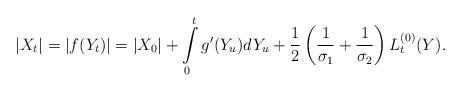
LaTeX: \begin{align*}|X_t|=|f(Y_t)|=|X_0|+\int\limits_{0}^t g'(Y_u)dY_u +\frac{1}{2}\left(\frac{1}{\sigma_1}+\frac{1}{\sigma_2}\right)L_{t}^{\left(0\right)}(Y).\end{align*}